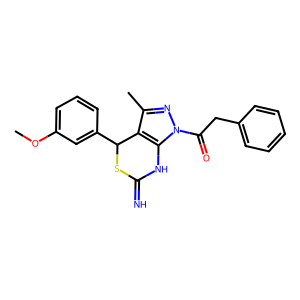
SMILES: COc1cccc(C2SC(=N)Nc3c2c(C)nn3C(=O)Cc2ccccc2)c1
Inhibits HIV replication: Yes